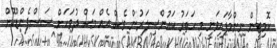
ކޮމިޓީން ނިންމާފައިވަނީ މި ހަތަރު ކައުންސިލަރުން ވެސް އެއް މަސް ދުވަހަށް ސަސްޕެންޑްކޮށް